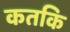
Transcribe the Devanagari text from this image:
कतकि